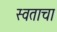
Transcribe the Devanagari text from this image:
स्वताचा